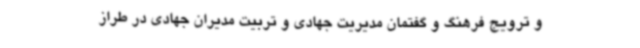
و ترویج فرهنگ و گفتمان مدیریت جهادی و تربیت مدیران جهادی در طراز